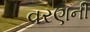
વરણની